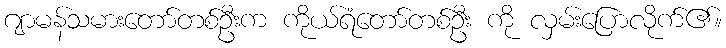
ဂျာမန်သမားတော်တစ်ဦးက ကိုယ်ရံတော်တစ်ဦး ကို လှမ်းပြောလိုက်၏။